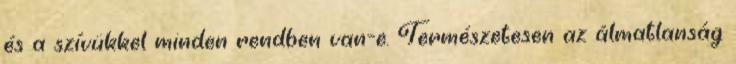
és a szívükkel minden rendben van-e. Természetesen az álmatlanság